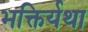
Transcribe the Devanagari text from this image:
भक्तिर्यथा